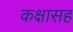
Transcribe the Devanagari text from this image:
कक्षासह